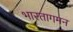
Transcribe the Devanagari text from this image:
भारतागमन